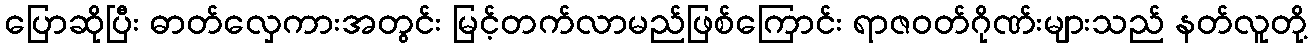
ပြောဆိုပြီး ဓာတ်လှေကားအတွင်း မြင့်တက်လာမည်ဖြစ်ကြောင်း ရာဇဝတ်ဂိုဏ်းများသည် နတ်လူတို့